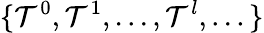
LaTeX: \{ \mathcal{T}^{0},\mathcal{T}^{1},...,\mathcal{T}^{l},...\}